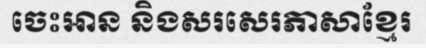
ចេះអាន និងសរសេរភាសាខ្មែរ